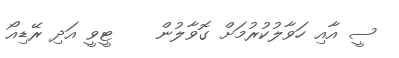
ސީ އާއި ހަވާލުކުރުމަށް ގޮވާލުން    ޓީވީ އަދި ރޭޑިއޯ